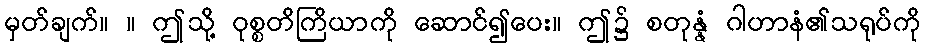
မှတ်ချက်။ ။ ဤသို့ ဝုစ္စတိကြိယာကို ဆောင်၍ပေး။ ဤ၌ စတုန္နံ ဂါဟာနံ၏သရုပ်ကို